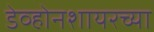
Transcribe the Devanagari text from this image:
डेव्होनशायरच्या